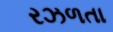
રઝળતા